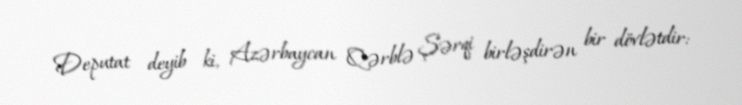
Deputat deyib ki, Azərbaycan Qərblə Şərqi birləşdirən bir dövlətdir: